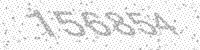
Solution: 156854